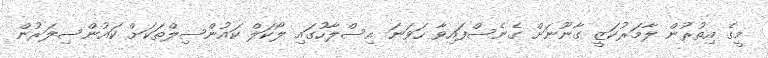
މީގެ އިތުރުން ލާމަރުކަޒީ ގާނޫނަށް ގެނެސްފައިވާ ހަވަނަ އިސްލާހުގައި ލޯކަލް ކައުންސިލްތަކަށް ކައުންސިލަރުން